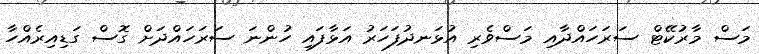
މަސް މާރުކޭޓް ސަރަހައްދާއި މަސްވެރި އުޅަނދުފަހަރު އަޅާފައި ހުންނަ ސަރަހައްދަށް ގޮސް ގަޑިއިރެއްހާ